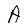
Character: A